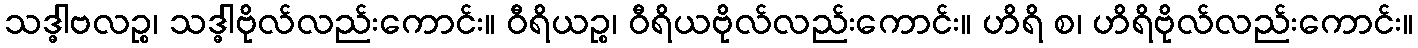
သဒ္ဓါဗလဉ္စ၊ သဒ္ဓါဗိုလ်လည်းကောင်း။ ဝီရိယဉ္စ၊ ဝီရိယဗိုလ်လည်းကောင်း။ ဟိရိ စ၊ ဟိရိဗိုလ်လည်းကောင်း။